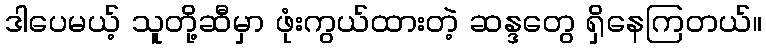
ဒါပေမယ့် သူတို့ဆီမှာ ဖုံးကွယ်ထားတဲ့ ဆန္ဒတွေ ရှိနေကြတယ်။